Vital statistics of India. Vol. VI, European troops 1870-79
Year: 1870
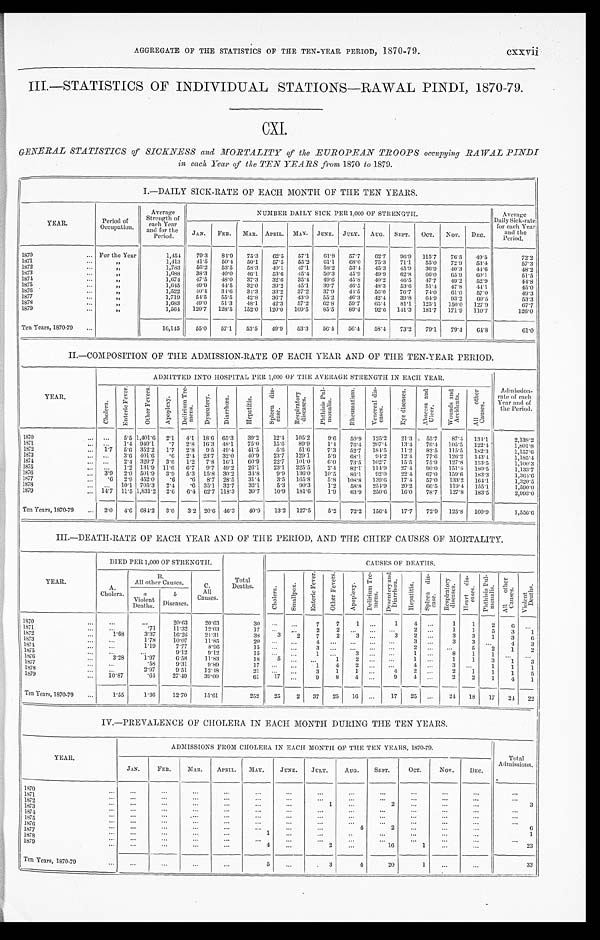
AGGREGATE OF THE STATISTICS OF THE TEN-YEAR PERIOD, 1870-79.
cxxvii
III.—STATISTICS OF INDIVIDUAL STATIONS—RAWAL PINDI, 1870-79.
CXI.
GENERAL STATISTICS of SICKNESS and MORTALITY of the EUROPEAN TROOPS occupying RAWAL PINDI
in each Year of the TEN YEARS from 1870 to 1879.
I.—DAILY SICK-RATE OF EACH MONTH OF THE TEN YEARS.
YEAR.
Period of
Occupation.
Average
Strength of
each Year
and for the
Period.
NUMBER DAILY SICK PER 1,000 OF STRENGTH.
Average
Daily Sick-rate
for each Year
a n d t h e
P e r i o d .
JAN. FEB. MAR. APRIL. MAY. JUNE. JULY. AUG. SEPT. OCT.
N O V . DEC.
1870
For the Year
1,454
79.3 84.9 75.3 62.5 57.1 61.8 57.7 62.7 96. 9 115.7 76.5 49.5
72.2
1871
"
1,413 41.5 50.4 50.1 57.5 55.2 61.1 68.0 75.3 71.1 55.0 72.9 53.4
57.3
1872
"
1,783 56.2 53.5 58.3 40.1 47.1 58.2 53.4. 45.3 45. 9
36.9 40.3 44.6
4 8 . 2
1873
1.688 38.3 40.0 46.1 53.6 45.4 50.3 45.9 49.9 62. 8
6 6 . 0 65.9
6 0 . 1
51.5
1874
"
1,674 47.5 48.0 37.3 32.6 35.4 49.6 45.8 40.2 46. 5 47.7 49.2 52.9
44.8
1 8 7 5
"
1,645 49.9 44.5 32.0 39.2 45.1 39.7 46.3 48.3 53. 6
51.4 47.8 44.1
45.0
1876
"
1,522 40.4 34.6 334.3 33.2 37.2 37.9 44.5 56.0 76.7 74.0 61.0 57.0
49.3
1877
"
1,719 54.5 55.5 42.8 36.7 43.0 55.2 46.3 42.4 39.8 64.9 93.2 60.5
53.3
1878
"
1, 683
49.0 51.3 48.1 42.3 57.2 62.8 59.7 65.4 81.1 125.1 150.0 127.9
6 7 . 7
1879
"
1,564 120.7 128.5 152.0 120.0 109.5 85.5 89.4 92.6 141.3 181.7 171.9 110.7
126.0
Ten Years, 1870-79
16,145 55.0 57.1 53.5 49.9 53.3 56.4 56.4 58.4 73.2 79.1 79.4 64.8
6 1 . 0
II—COMPOSITION OF THE ADMISSION-RATE OF EACH YEAR AND OF THE TEN-YEAR PERIOD.
YEAR.
ADMITTED INTO HOSPITAL PER 1,000 OF THE AVERAGE STRENGTH IN EACH YEAR.
Admission-
rate of each
Year and of
the Period.
C h o l e r a .
E n t e r i c F e v e r .
O t h e r F e v e r s .
A p o p l e x y .
D e l i r i u m T r e -
m e n s . Dy s e n t e r y D i a r r h œ a .
H e p a t i t i s .
S p l e e n d i s -
ease.
R e s p i r a t o r y
d i s e a s e s .
P h t h i s i s P u l -
m o n a l i s .
R h e u m a t i s m .
V e n e r e a l d i s -
e a s e s .
E y e d i s e a s e s .
A b s c e s s a n d
U l c e r .
W o u n d s a n d
A c c i d e n t s .
A l l o t h e r
C a u s e s .
1 8 7 0
5.5 1,401.6 2.1 4.1 18.6 65.3 39.2 12.4 105.2
9.6 50.9 125.2 21.3 55.7 87.4 134.1
2,138.2
1871
1.4 949.1 .7 2.8 16.3 48.1 75.0 15.6 89.9 1.4 76.4 207.4 13.4 76.4 105.5 122.4
1,801.8
1872
1.7 5.6 352.2 1.7 2.8 9.5 49.4 41.5
5.6 51.6 7.3 52.7 184.5 11.2 82.5 115.5 182.3
1,157.6
1873
3.6 401.6 .6 2.4 23.7 32.0
4 0 . 9 23.7 129.1
5.9 68.1 94.2 12.4 77.6 126.2 143.4
1 , 1 8 5 . 4
1874
2.4 329.7 3.6 1.2 7.8 16.1 60.9 22.7 101.0 6.0 73.5 102.7 15.5 75.9 127.8 153.5
1,100.3
1875
1.2 131.9 11.6 6.7 9.7 49.2 26.1 23.1. 225.3 2.4 82.1
1 1 4 . 9
2 7 . 4
9 0 . 0 151. 4 180.5
1 , 1 3 3 . 7
1876
3.9 2.0 501.9 3.9 5.3 15.8 30.2 34.8
9 . 9 136.0 10.5 86.1
9 2 . 0 22.4 67. 0 159.6 183.3
1 , 3 6 4 . 6
1877
.6 2.9 452.0 .6
. 6 8.7 28.5 31.4 3.5 165.8 5.8 108.8 139.6 17.4 57.0 133.2 164.1
1 , 3 2 0 . 5
1 8 78
10.1 705.3 2.4 .6 35.1 32.7 32.1 5.3 90.3
1.2 58.8 254.9 20.2 66.5 119.4 155.1
1 , 5 9 0 . 0
1879
14.7 11.5 1,831.2 2.6 6.4 62.7 118.3 30.7 10.9 181.6 1.9 63.9 250.6 16.0 78.7 127.8 183.5
2 , 9 9 3 . 0
Ten Years, 1870-79
2.0 4.6 684.2 3.0 3.2 20.6 46.3 40.9 13.2 127.5 5.2 72.2 156.4 17.7 72.9 125.8 160.9
1 , 5 5 6 . 6
III.—DEATH-RATE OF EACH YEAR AND OF THE PERIOD, AND THE CHIEF CAUSES OF MORTALITY.
YEAR.
DIED PER 1,000 OF STRENGTH.
Total
Deaths.
CAUSES OF DEATHS.
A.
Cholera.
B .
All other Causes.
C.
All
Causes.
C h o l e r a . S m a l l p o x .
E n t e r i c F e v e r .
O t h e r F e v e r s .
A p o p l e x y .
D e l i r i u m T r e -
m e n s .
D y s e n t e r y a n d
D i a r r h œ a .
H e p t i t i s .
S p l e e n d i s -
e a s e .
R e s p i r a t o r y
d i s e a s e s ,
H e a r t d i s -
e a s e s . P h t h i s i s P u l -
m a n a l i s .
A l l o t h e r
C a u s e s . V i o l e n t
D e a t h s .
a V i o l e n t
D e a t h s .
b
Diseases.
1870
20.63
20.63
30
7 7 1
1
4
1 1 2
6
1871
.71
11.32
12.03
2
2
1 1 5 3 1
1 8 7 2
1.68
3.37
16.26 21.31
38
3 2 7 2
3
3 2
3 3 1 3 6
1873
1.78
10.07 11.85
20
4
3
3 3
4 3
1874
1.19
7.77
8.96
15
3
2
5 2 1 2
1 8 7 5
9.12
9.12
15
1
3
1
8 1 1
1876
3.28
1.97
6.58
11.83
18 5
1
2
1
1 1 3 1 3
1877
.58
9.31
9 . 8 9
17
1 4
2
4
3
1 1
1
1 8 7 8
2.97
9.51
12.48
21
3 1 1
4 2
2 1 1 1 5
1879
10.87
.64 27.49 39.00
61 17
9 8 4
9 4
2 2 1 4 1
Ten Years, 1870-79
1.55
1.36
12.70 15.61
252 25 2 37 25
1 6
17
2 5
24 18 17 24 22
IV.—PREVALENCE OF CHOLERA IN EACH MONTH DURING THE TEN YEARS.
YEAR.
ADMISSIONS FROM CHOLERA IN EACH MONTH OF THE TEN YEARS, 1870-79.
Total
Admissions.
JAN.
FEB.
MAR.
APRIL. MAY. JUNE. JULY. AUG. SEPT.
OCT.
NOV. DEC.
1870
1 8 7 1 1 8 7 2
1
2
3
1873
1 8 7 4
1875
1 8 7 6
4
2
6
1 8 7 7
1
1
1878 1879
4
2
1 6
1
2 3
Ten Years, 1870-79
5
3
4
2 0
1
3 3